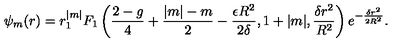
\psi _ { m } ( r ) = r ^ { | m | } _ { 1 } F _ { 1 } \left( { \frac { 2 - g } { 4 } } + { \frac { | m | - m } { 2 } } - { \frac { \epsilon R ^ { 2 } } { 2 \delta } } , 1 + | m | , { \frac { \delta r ^ { 2 } } { R ^ { 2 } } } \right) e ^ { - { \frac { \delta r ^ { 2 } } { 2 R ^ { 2 } } } } .